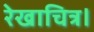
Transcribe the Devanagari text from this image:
रेखाचित्र।